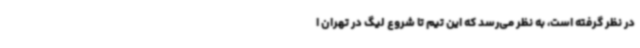
در نظر گرفته است، به نظر می‌رسد که این تیم تا شروع لیگ در تهران ا